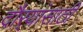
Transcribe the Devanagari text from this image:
दौर्‍यांसाठी